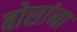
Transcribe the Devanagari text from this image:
बोसांना